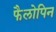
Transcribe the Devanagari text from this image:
फैलोपिन